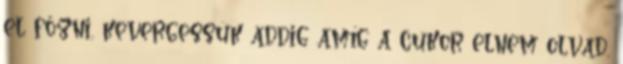
el főzni, kevergessük addig amíg a cukor elnem olvad.